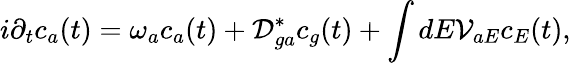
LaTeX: i\partial_{t}c_{a}(t)=ω_{a}c_{a}(t)+\mathcal{D}_{ga}^{*}c_{g}(t)+\int dE\mathcal{V}_{aE}c_{E}(t),